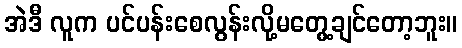
အဲဒီ လူက ပင်ပန်းစေလွန်းလို့မတွေ့ချင်တော့ဘူး။